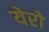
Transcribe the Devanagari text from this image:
येरो